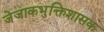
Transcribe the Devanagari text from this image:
जेजाकभुक्तिशासक